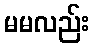
မမလည်း